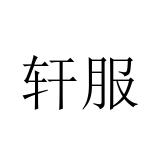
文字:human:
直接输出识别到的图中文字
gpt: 轩服